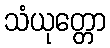
သံယုတ္တော